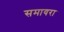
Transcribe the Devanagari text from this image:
समायरा